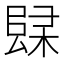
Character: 𲉚